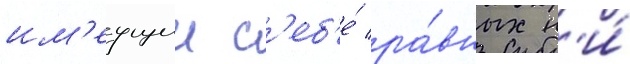
им'еущии с'еб'е́ ра́вных н'и́